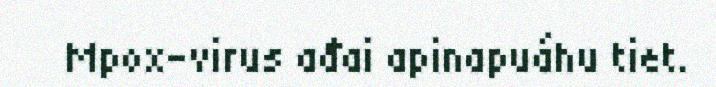
Mpox-virus ađai apinapuáhu tiet.